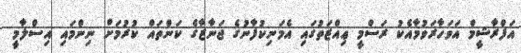
އަފްރާޝީމް އަވަހާރަވުމާއެކު ރަސްމީ ޢިއްޒަތުގައި އެމަނިކުފާނުގެ ޖަނާޒާގެ ކަންތައް ކުރުމަށް ނިންމައި އިސްލާމީ